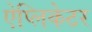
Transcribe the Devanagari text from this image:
ऐप्लिकेटर